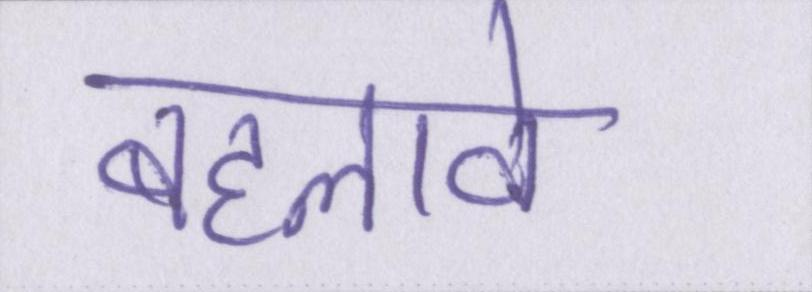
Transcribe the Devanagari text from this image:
बहलावे